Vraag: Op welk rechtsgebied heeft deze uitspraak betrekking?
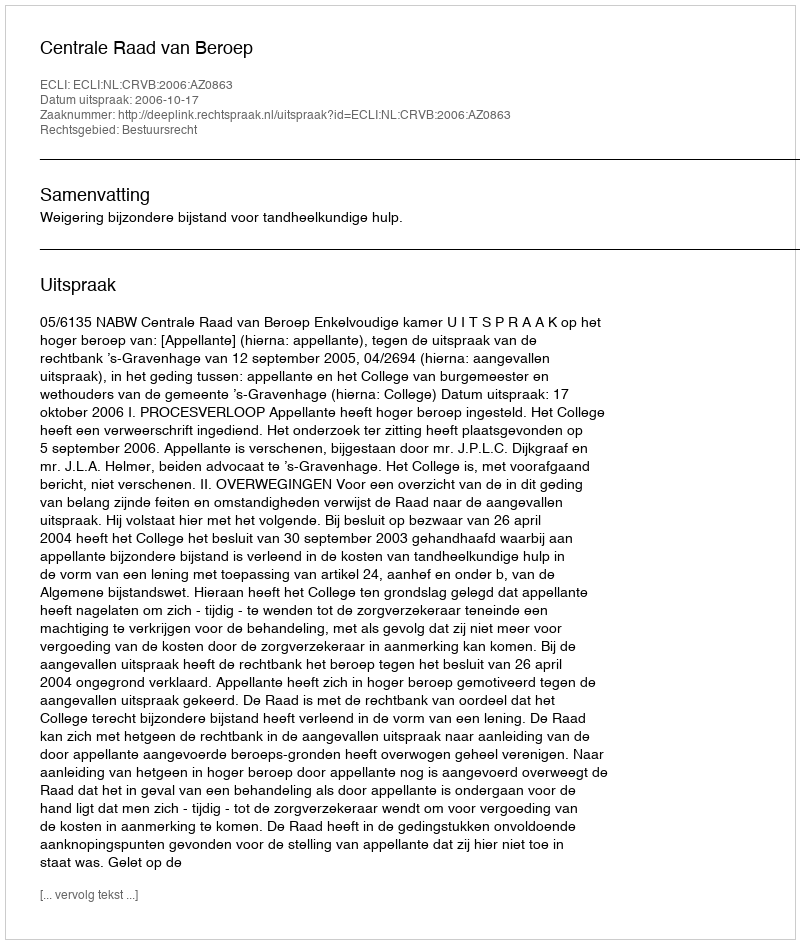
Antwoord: Bestuursrecht